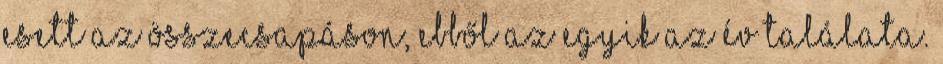
esett az összecsapáson, ebből az egyik az év találata.